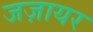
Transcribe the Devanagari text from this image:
जज़ायर